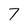
Character: 7